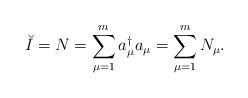
LaTeX: \begin{align*}\breve{I} = N = \sum\limits_{\mu = 1}^{m} a_{\mu}^{\dagger} a_{\mu} = \sum\limits_{\mu = 1}^{m} N_{\mu}.\end{align*}